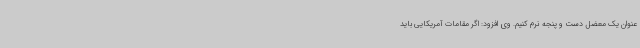
عنوان یک معضل دست و پنجه نرم کنیم. وی افزود: اگر مقامات آمریکایی باید